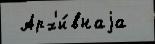
 Арх'и́внаjа